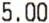
5.00